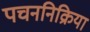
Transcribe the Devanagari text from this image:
पचननिक्रिया